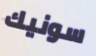
سونيك